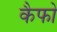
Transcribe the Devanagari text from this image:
कैफो